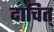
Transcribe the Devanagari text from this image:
दाचित्